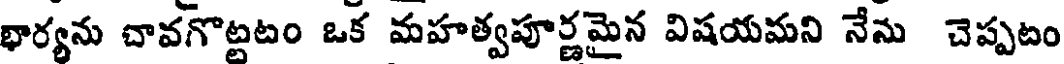
భార్యను చావగొట్టటం ఒక మహత్వపూర్ణమైన విషయమని నేను చెప్పటం